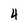
Character: 4